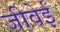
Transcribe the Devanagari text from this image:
जीवेई